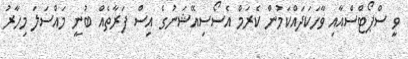
ވީ ސްޕޯޓްސްއާއި ވާހަކަދައްކަމުން ކެރަމް އެސޯސިއޭޝަނުގެ އިސް ފަރާތެއް ބުނީ މައްސަލަ މިހާރު